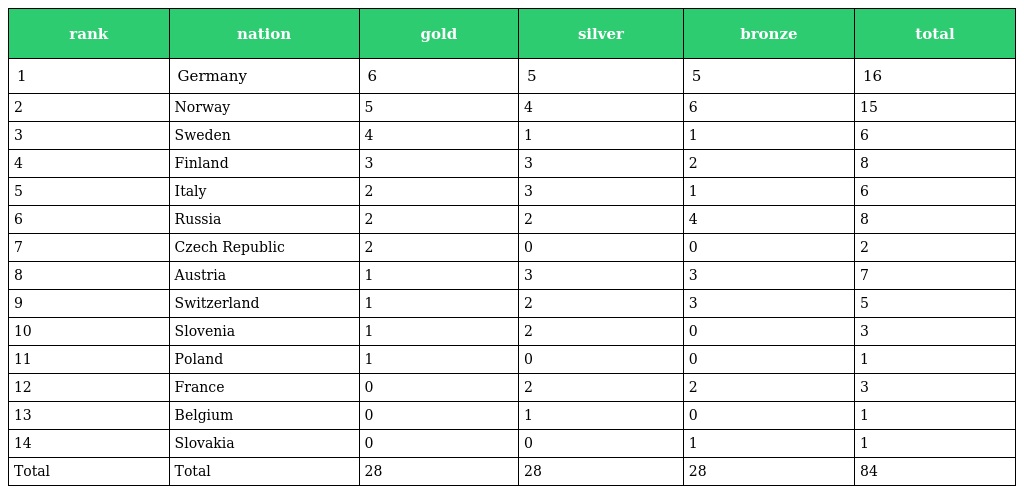
| rank | nation | gold | silver | bronze | total |
 | --- | --- | --- | --- | --- | --- |
 | 1 | Germany | 6 | 5 | 5 | 16 |
 | 2 | Norway | 5 | 4 | 6 | 15 |
 | 3 | Sweden | 4 | 1 | 1 | 6 |
 | 4 | Finland | 3 | 3 | 2 | 8 |
 | 5 | Italy | 2 | 3 | 1 | 6 |
 | 6 | Russia | 2 | 2 | 4 | 8 |
 | 7 | Czech Republic | 2 | 0 | 0 | 2 |
 | 8 | Austria | 1 | 3 | 3 | 7 |
 | 9 | Switzerland | 1 | 2 | 3 | 5 |
 | 10 | Slovenia | 1 | 2 | 0 | 3 |
 | 11 | Poland | 1 | 0 | 0 | 1 |
 | 12 | France | 0 | 2 | 2 | 3 |
 | 13 | Belgium | 0 | 1 | 0 | 1 |
 | 14 | Slovakia | 0 | 0 | 1 | 1 |
 | Total | Total | 28 | 28 | 28 | 84 |